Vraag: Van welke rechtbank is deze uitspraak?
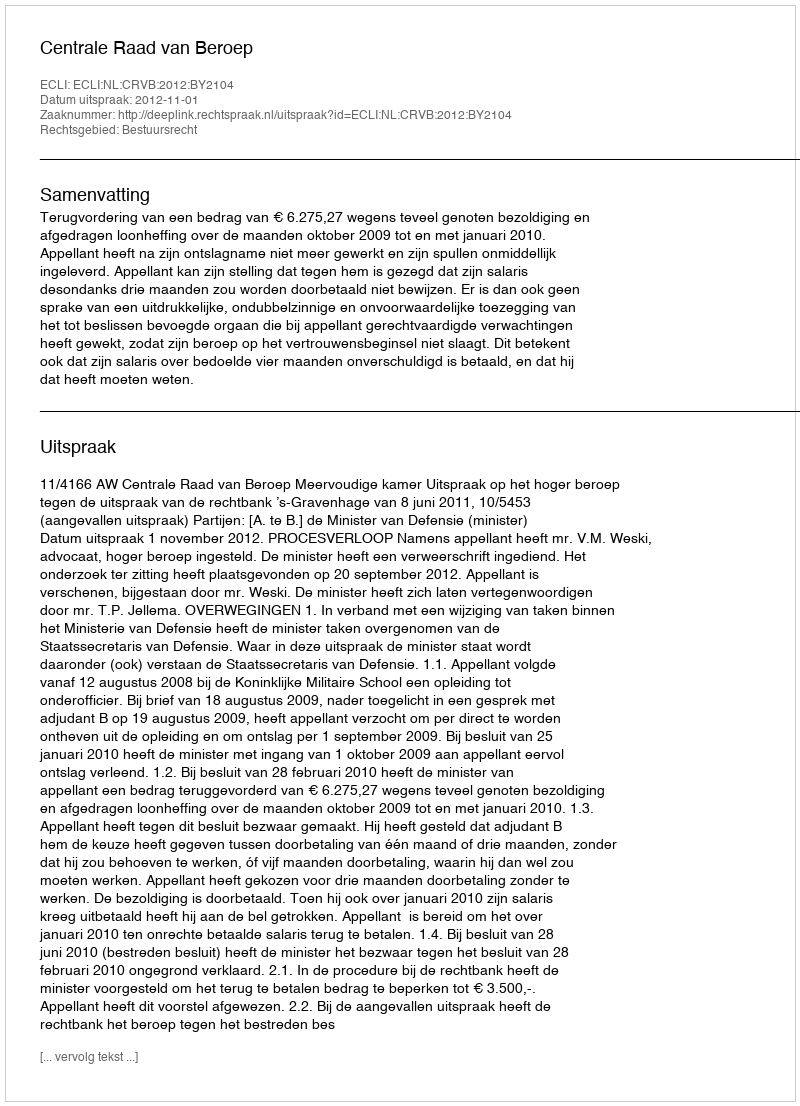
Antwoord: Centrale Raad van Beroep